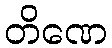
တိဏေ